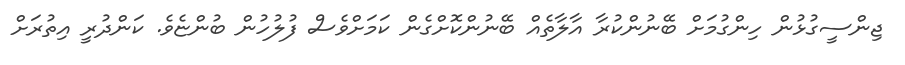
ޖިންސީގުޅުން ހިންގުމަށް ބޭނުންކުރާ އާލާތެއް ބޭނުންކޮށްގެން ކަމަށްވެސް ފުލުހުން ބުންޏެވެ. ކަންދުރީ އިތުރަށް